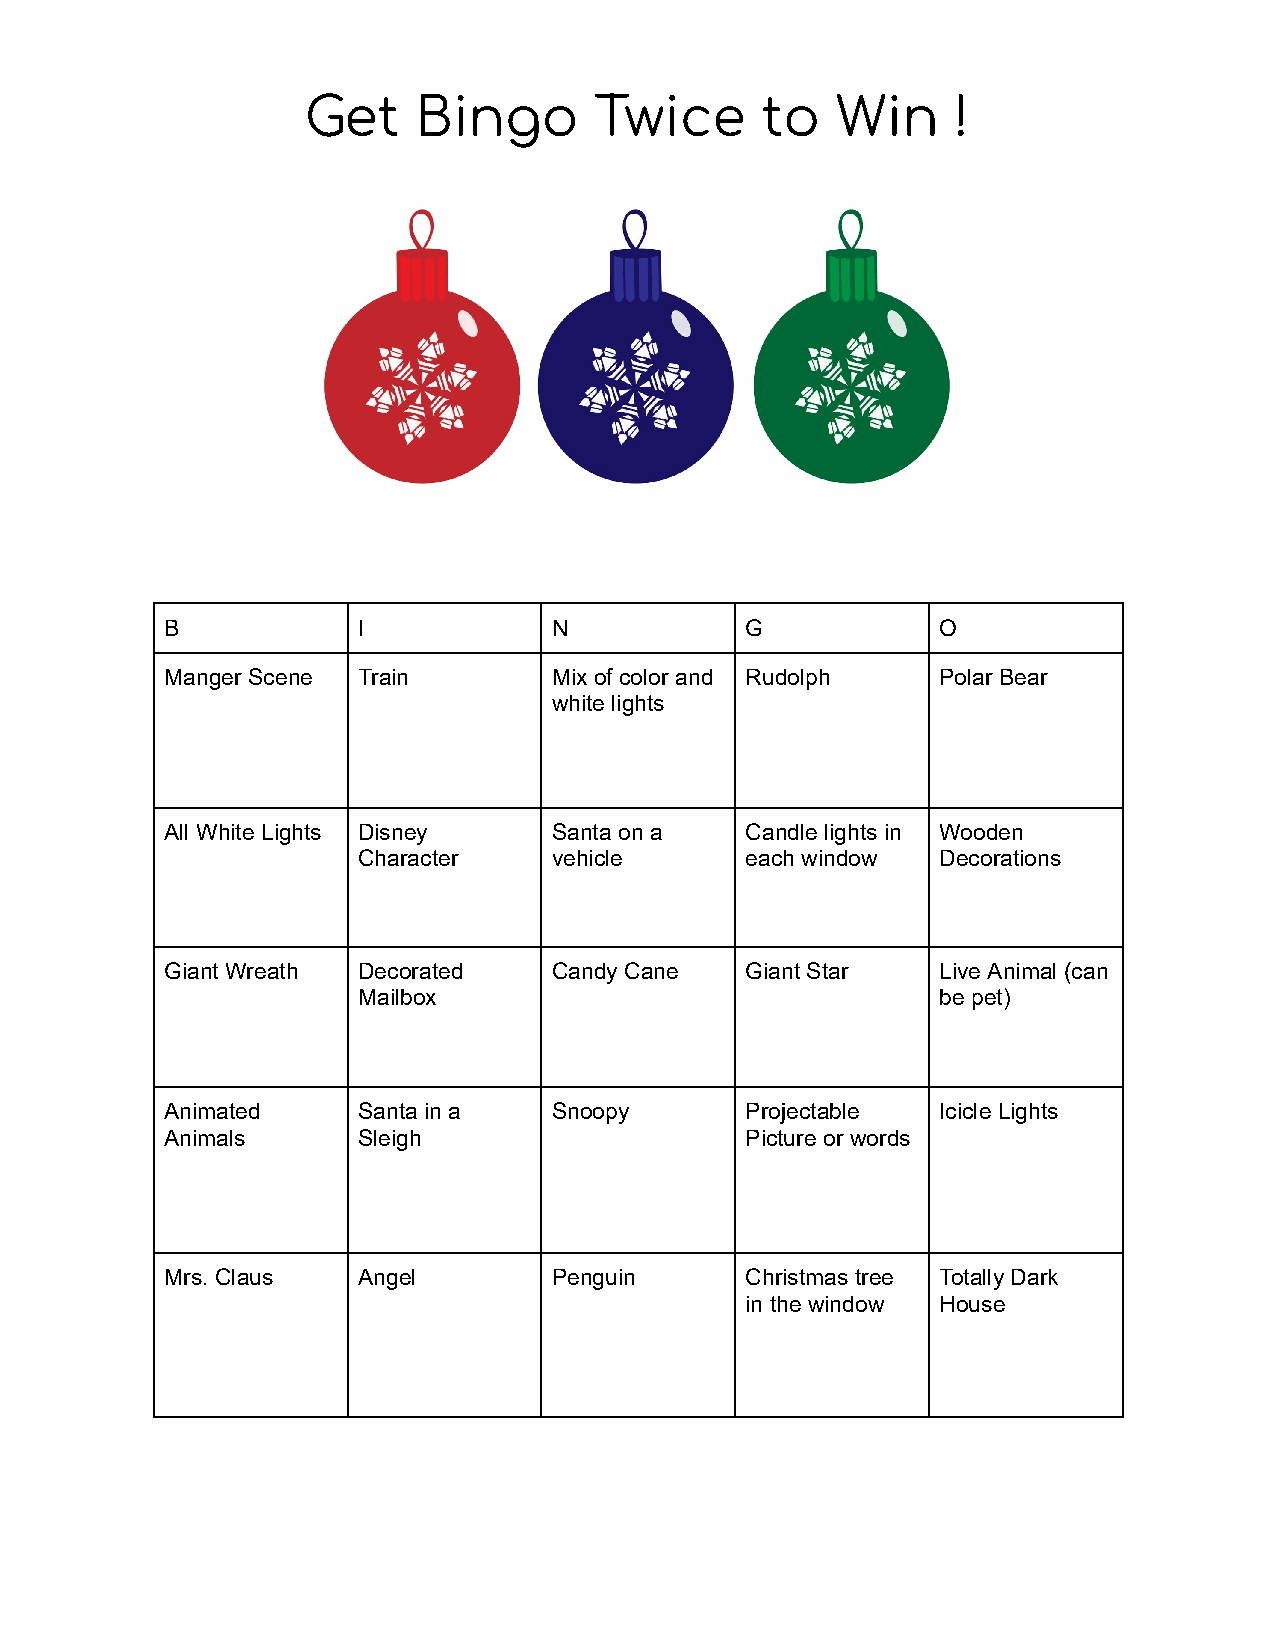
Get    Bingo       Twice      to   Win     !
 B            I            N           G            O
 Manger Scene Train        Mix of color and Rudolph Polar Bear
 white lights
 All White Lights Disney   Santa on a  Candle lights in Wooden
 Character    vehicle     each window  Decorations
 Giant Wreath Decorated    Candy Cane  Giant Star   Live Animal (can
 Mailbox                               be pet)
 Animated     Santa in a   Snoopy      Projectable  Icicle Lights
 Animals      Sleigh                   Picture or words
 Mrs. Claus   Angel        Penguin     Christmas tree Totally Dark
 in the window House